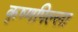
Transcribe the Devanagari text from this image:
कृष्णपिल्ला